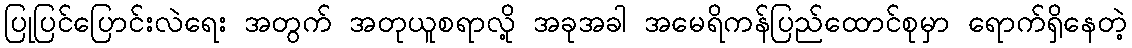
ပြုပြင်ပြောင်းလဲရေး အတွက် အတုယူစရာလို့ အခုအခါ အမေရိကန်ပြည်ထောင်စုမှာ ရောက်ရှိနေတဲ့